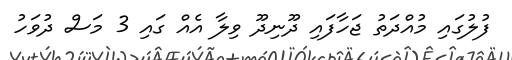
ފުލުގައި މުއްދަތު ޖަހާފައި ދޫނިދޫ ވިލާ އެއް ގައި 3 މަސް ދުވަހު